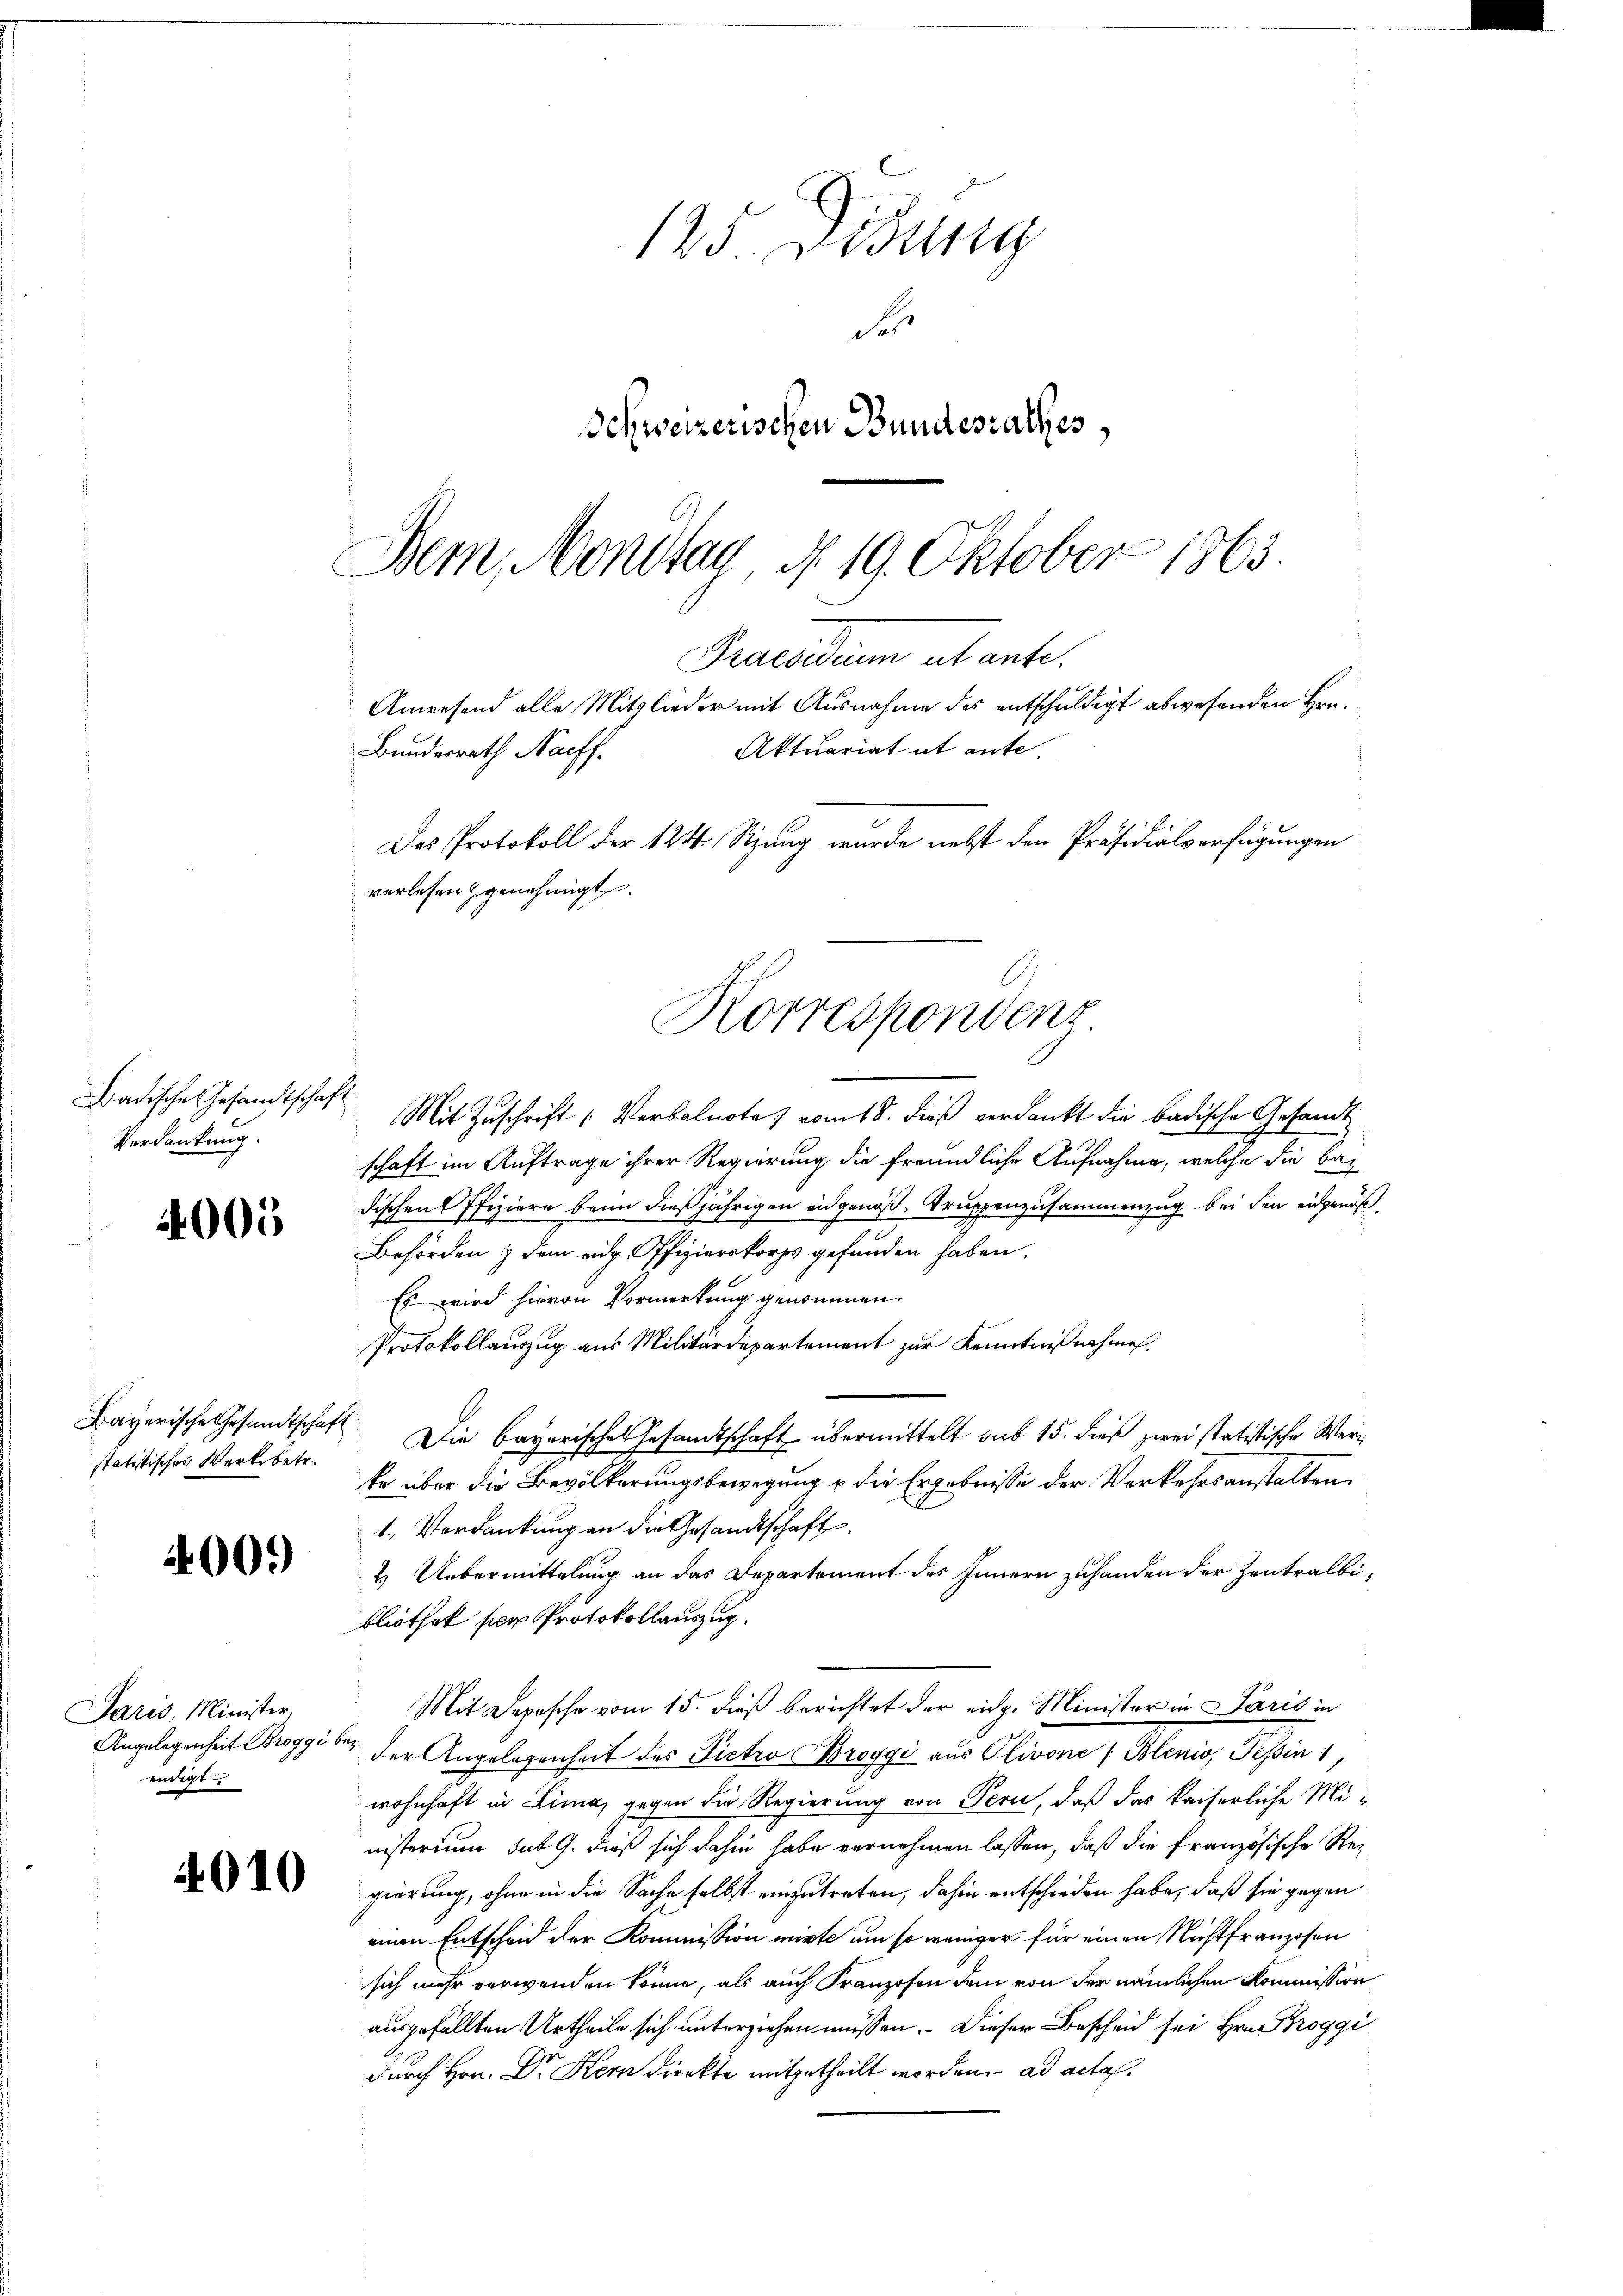
adische Gesandtschaf
Verdankung.

4005

Bayerische Gesandtschastatistisches Werksbetr.

400.

Paris, Minister
Angelegenheit Broggi beendigt

4010

125. Didung
Se
Schweizerischen Bundesrathes,

Bern, Mondtag d. 19. Oktober 1863.
Praesiduum abante
Anwesend alle Mitglieder mit Ausnahme des entschuldigt abwesenden Hrn.
Aktuariat it ante.
Bundesrath Nachf
Das Protokoll der 124. Sizung wurde nebst den Präsidialverfügungen
verlesen genehmigt.
Korrespondenz

Mit Zuschrift Verbalnote vom 18. dieß verdankt die badische Gesandtschaft im Auftrage ihrer Regierung die freundliche Aufnahme, welche die bez
dischen Pfiziere beim dießjährigen eidgenöß. Truppenzusammenzug bei den eidgenöß
Behörden & dem eidg. Pfizierskorps gefunden haben.
Es wird hievon Vormerkung genommen.
Protokollauszug aus Militärdepartement zur Kenntnißnahmen.
 Die bayerisches Gesandtschaft übermittelt sub 15. dieß zwei statistische Werte über die Bevölkerungsbewegung u die Ergebnisse der Verkehrsanstalten
1. Verdankung an die Gesandtschaft
2. Uebermittelung an das Departement des Innern zuhanden der Zentralbibliothet sie Protokollauszug.
Mit Depesche vom 15. dieß berichtet der eidg. Minister in Paris in
der Angelegenheit des Pietro Broggi aus Olivone (Blenio, Tessin 1
wohnhaft in Lima, gegen die Regierung von Pern, daß das kaiserliche Ministerium sub 9. dieß sich dahin habe vernehmen lassen, daß die französische Regierung, ohne in die Sache selbst einzutreten, dahin entschieden habe, daß sie gegen
einen Entscheid der Kommission mirte um so weniger für einen Nichtfranzosen
sich mehr verwenden könne, als auch Franzosen dem von der nämlichen Kommission
ausgefällten Urtheile sich unterziehen müssen. Dieser Bescheid sei Hrn Proggi
durch Hrn. Dr Kern direkte mitgetheilt worden. ad acta